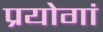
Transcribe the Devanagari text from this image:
प्रयोगां